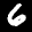
Label: 6